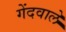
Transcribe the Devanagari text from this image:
गेंदवाले